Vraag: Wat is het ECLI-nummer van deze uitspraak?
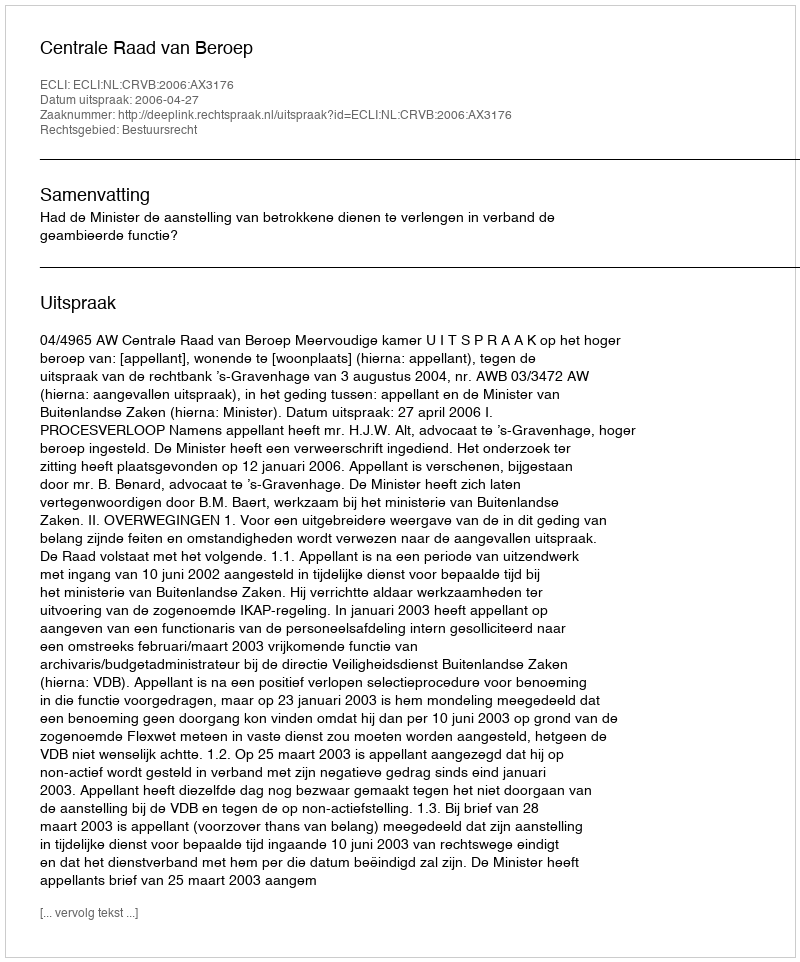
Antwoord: ECLI:NL:CRVB:2006:AX3176